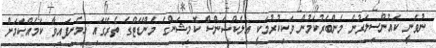
ނުވަނީ ކައުންސިލަރުން މެންބަރުކަމުން ވަކިކުރުމަކީ އިލެކްޝަންސް ކޮމިޝަންގެ މެންޑޭޓްގެ ތެރޭގައި ހިމެނިފައިވާ ކަމެއްކަމަށް